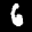
Label: 6